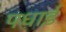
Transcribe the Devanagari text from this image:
पधाई